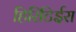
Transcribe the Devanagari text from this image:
हिरिटिईरा